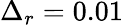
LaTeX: \Delta_{r}=0.01